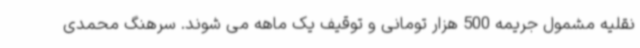
نقلیه مشمول جریمه 500 هزار تومانی و توقیف یک ماهه می شوند. سرهنگ محمدی